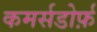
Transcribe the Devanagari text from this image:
कमर्सडोर्फ़